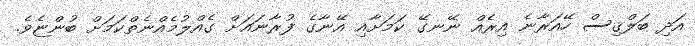
އަދި ބަލްޤިސް ހޭއަރާނެ އިރެއް ނޭނގޭ ކަމަށާއި އޭނާގެ ފުރާނައަށް ގެއްލުމެއްނެތްކަމަށް ބުންޏެވެ.